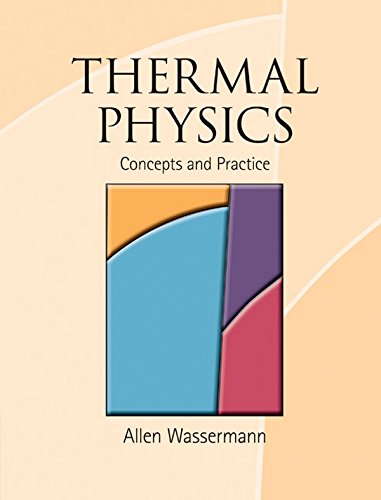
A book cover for Thermal Physics: Concepts and Practice; Professor Allen L. Wasserman; Science & Math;